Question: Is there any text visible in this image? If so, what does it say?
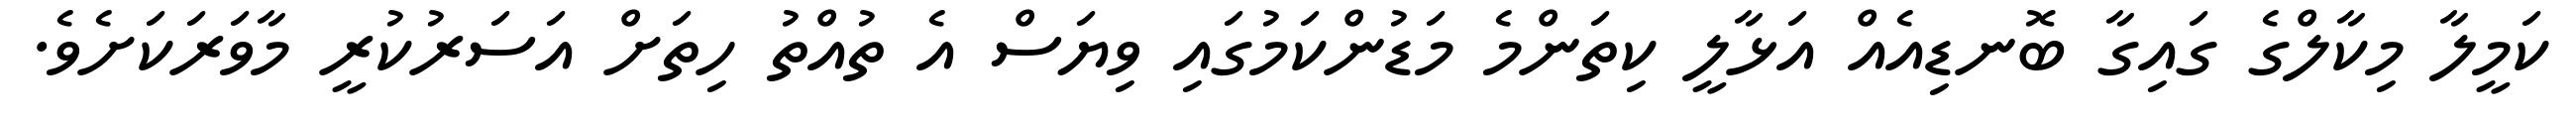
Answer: ކަމީލާ މިކާލްގެ ގައިގާ ބޮނޑިއެއް އަޅާލީ ކިތަންމެ މަޑުންކަމުގައި ވިޔަސް އެ ތުއްތު ހިތަށް އަސަރުކުރީ މާވަރަކަށެވެ.